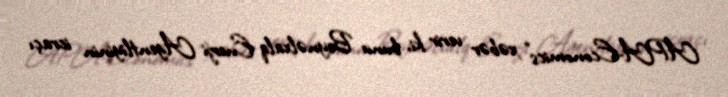
APA-Economics" xəbər verir ki, bunu Beynəlxalq Enerji Agentliyinin icraçı